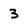
Character: 3